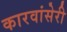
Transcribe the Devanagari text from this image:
कारवांसेरी